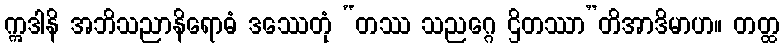
ဣဒါနိ အဘိသညာနိရောဓံ ဒဿေတုံ “တဿ သညဂ္ဂေ ဌိတဿာ”တိအာဒိမာဟ။ တတ္ထ